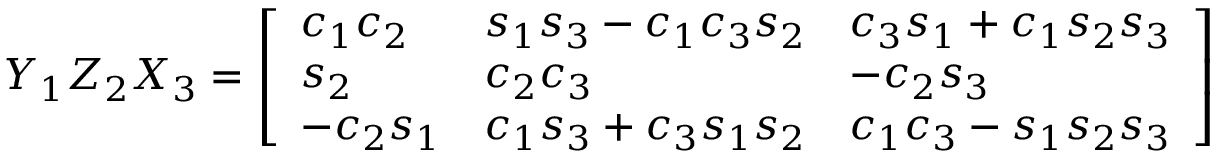
Y _ { 1 } Z _ { 2 } X _ { 3 } = { \left[ \begin{array} { l l l } { c _ { 1 } c _ { 2 } } & { s _ { 1 } s _ { 3 } - c _ { 1 } c _ { 3 } s _ { 2 } } & { c _ { 3 } s _ { 1 } + c _ { 1 } s _ { 2 } s _ { 3 } } \\ { s _ { 2 } } & { c _ { 2 } c _ { 3 } } & { - c _ { 2 } s _ { 3 } } \\ { - c _ { 2 } s _ { 1 } } & { c _ { 1 } s _ { 3 } + c _ { 3 } s _ { 1 } s _ { 2 } } & { c _ { 1 } c _ { 3 } - s _ { 1 } s _ { 2 } s _ { 3 } } \end{array} \right] }